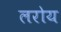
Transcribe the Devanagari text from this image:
लरोय